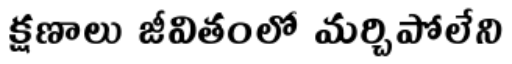
క్షణాలు జీవితంలో మర్చిపోలేని